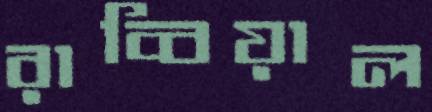
রাব্বিয়াল